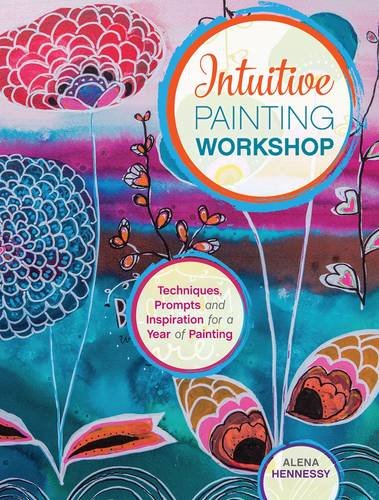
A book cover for Intuitive Painting Workshop: Techniques, Prompts and Inspiration for a Year of Painting; Alena Hennessy; Crafts, Hobbies & Home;